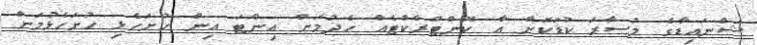
ޝްނައިޑާގެ މުސާރަ ކުޑަކޮށް އާ ކޮންޓްރެކްޓެއް ހެދުމަށް އިންޓަ އިން ހުށަހެޅި ހުށަހެޅުމަށް